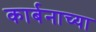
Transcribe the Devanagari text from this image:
कार्बनाच्या